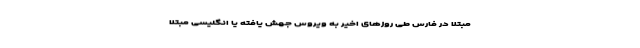
مبتلا در فارس طی روزهای اخیر به ویروس جهش یافته یا انگلیسی مبتلا